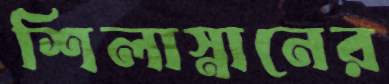
শিলাস্নানের